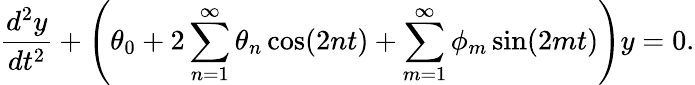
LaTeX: {\frac{d^{2}y}{dt^{2}}}+\left(\theta_{0}+2\sum_{n=1}^{\infty}\theta_{n}\cos(2nt)+\sum_{m=1}^{\infty}\phi_{m}\sin(2mt)\right)y=0.